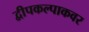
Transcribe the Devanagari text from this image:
द्वीपकल्पाकवर